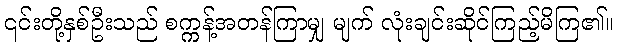
၎င်းတို့နှစ်ဦးသည် စက္ကန့်အတန်ကြာမျှ မျက် လုံးချင်းဆိုင်ကြည့်မိကြ၏။